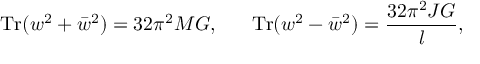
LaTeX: \mathrm { T r } ( w ^ { 2 } + \bar { w } ^ { 2 } ) = 3 2 \pi ^ { 2 } M G , \ \ \ \ \ \mathrm { T r } ( w ^ { 2 } - \bar { w } ^ { 2 } ) = { \frac { 3 2 \pi ^ { 2 } J G } { l } } ,